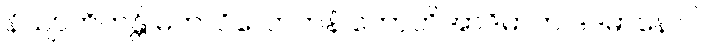
နိယျာတိတန္တိ မဟာဝိလောကနံ ဘောတိအာဒိမာဟ ဒဒမာနောပိ